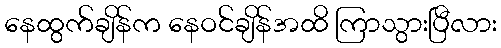
နေထွက်ချိန်က နေဝင်ချိန်အထိ ကြာသွားပြီလား